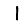
Digit: 1